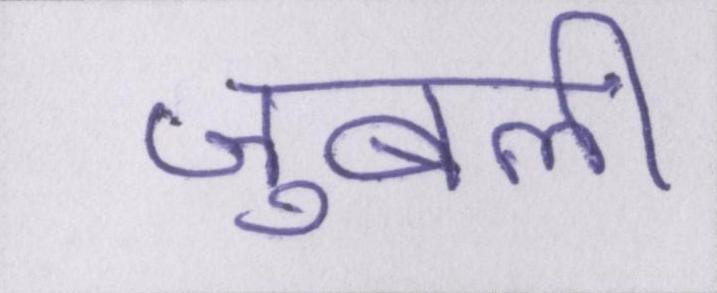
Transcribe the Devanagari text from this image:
जुबली